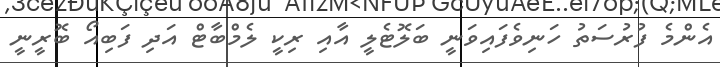
އެންމެ ފުރުސަތު ހަނިވެފައިވަނީ ބަލޮޓެލީ އާއި ރިކީ ލެމްބާޓް އަދި ފަބިއޯ ބޮރީނީ